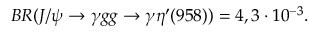
B R ( J / \psi \to \gamma g g \to \gamma \eta ^ { \prime } ( 9 5 8 ) ) = 4 , 3 \cdot 1 0 ^ { - 3 } .